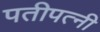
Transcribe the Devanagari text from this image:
पतीपत्नी